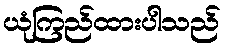
ယုံကြည်ထားပါသည်